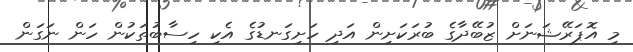
މި އޮޕަރޭޝަނަށް ޒުބޭދާގެ ބުރަކަށިން އަދި ހަށިގަނޑުގެ އެކި ހިސާބުތަކުން ހަން ނަގަން